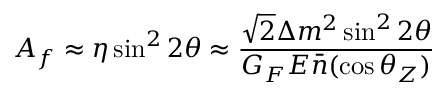
A _ { f } \approx \eta \sin ^ { 2 } 2 \theta \approx \frac { \sqrt { 2 } \Delta m ^ { 2 } \sin ^ { 2 } 2 \theta } { G _ { F } E \bar { n } ( \cos \theta _ { Z } ) }